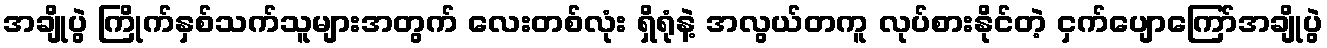
အချိုပွဲ ကြိုက်နှစ်သက်သူများအတွက် လေးတစ်လုံး ရှိရုံနဲ့ အလွယ်တကူ လုပ်စားနိုင်တဲ့ ငှက်ပျောကြော်အချိုပွဲ